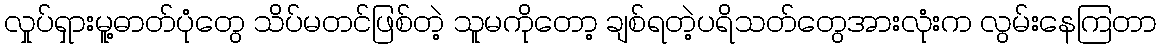
လှုပ်ရှားမူ့ဓာတ်ပုံတွေ သိပ်မတင်ဖြစ်တဲ့ သူမကိုတော့ ချစ်ရတဲ့ပရိသတ်တွေအားလုံးက လွမ်းနေကြတာ